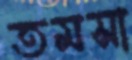
তমসা